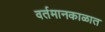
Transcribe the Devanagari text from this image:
वर्तमानकाळात